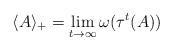
LaTeX: \begin{align*}\langle A \rangle_+ = \lim_{t \to \infty} \omega ( \tau^t (A) ) \end{align*}